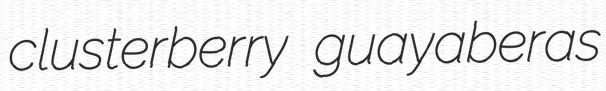
clusterberry guayaberas